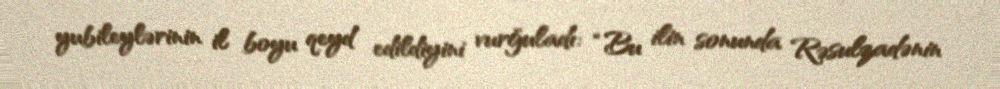
yubileylərinin il boyu qeyd edildiyini vurğuladı: “Bu ilin sonunda Rəsulzadənin